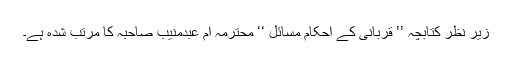
زیر نظر کتابچہ ’’ قربانی کے احکام مسائل ‘‘ محترمہ ام عبدمنیب صاحبہ کا مرتب شدہ ہے۔